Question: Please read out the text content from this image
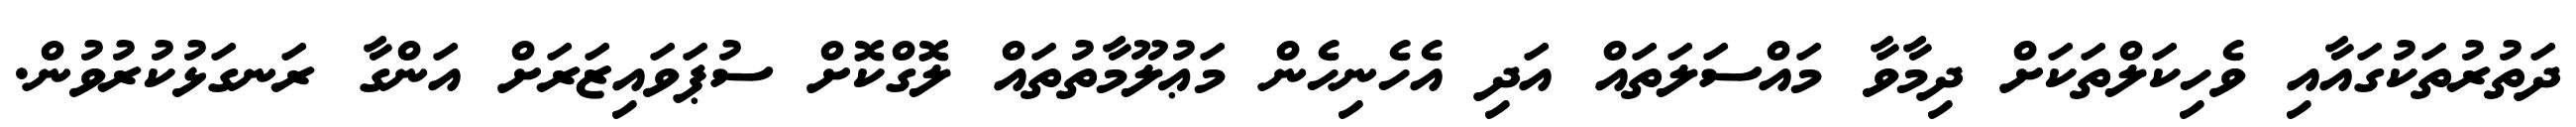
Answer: ދަތުރުތަކުގައާއި ވެހިކަލްތަކަށް ދިމާވާ މައްސަލަތައް އަދި އެހެނިހެން މަޢުލޫމާތުތައް ލޮގްކޮށް ސުޕަވައިޒަރަށް އަންގާ ރަނގަޅުކުރުވުން.